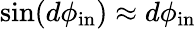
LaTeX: \sin(d\phi_{\mathrm{in}})\approx d\phi_{\mathrm{in}}